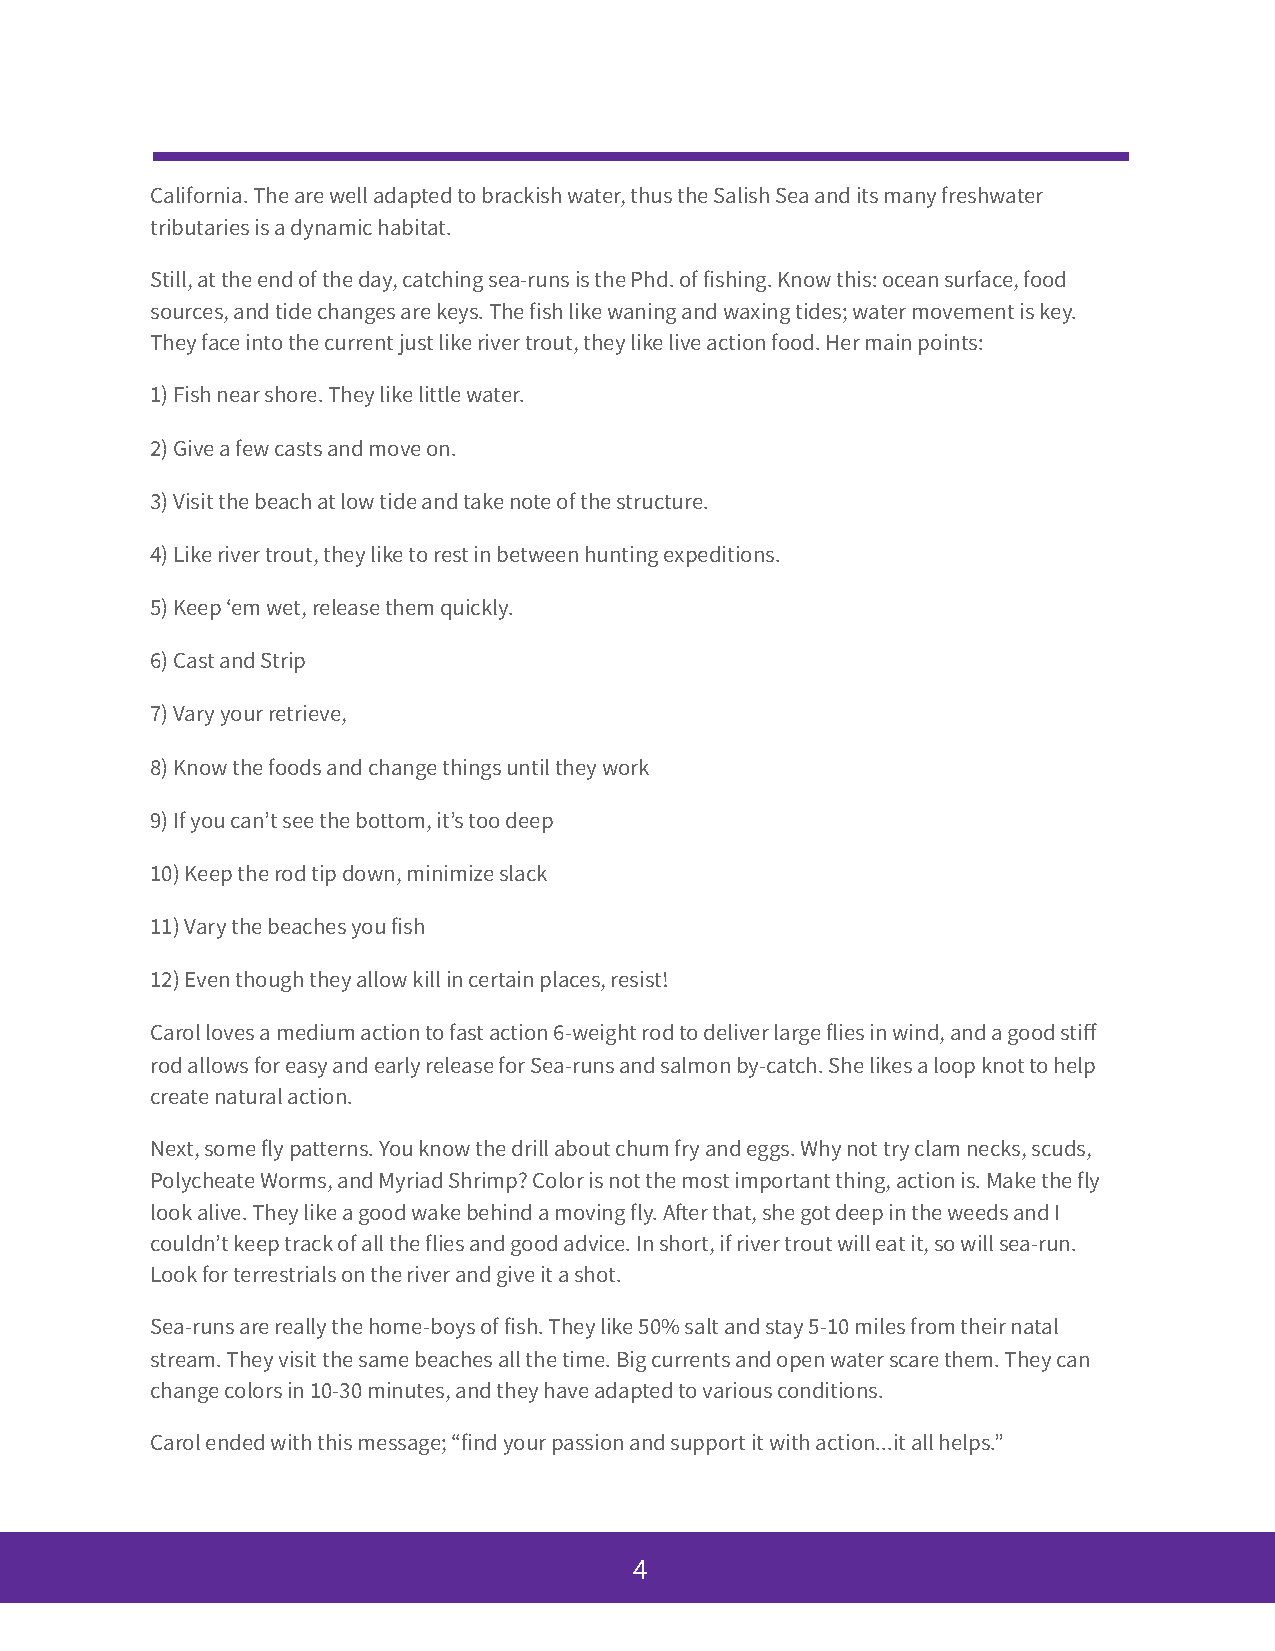
California. The are well adapted to brackish water, thus the Salish Sea and its many freshwater
 tributaries is a dynamic habitat.
 Still, at the end of the day, catching sea-runs is the Phd. of fishing. Know this: ocean surface, food
 sources, and tide changes are keys. The fish like waning and waxing tides; water movement is key.
 They face into the current just like river trout, they like live action food. Her main points:
 1) Fish near shore. They like little water.
 2) Give a few casts and move on.
 3) Visit the beach at low tide and take note of the structure.
 4) Like river trout, they like to rest in between hunting expeditions.
 5) Keep ʻem wet, release them quickly.
 6) Cast and Strip
 7) Vary your retrieve,
 8) Know the foods and change things until they work
 9) If you canʼt see the bottom, itʼs too deep
 10) Keep the rod tip down, minimize slack
 11) Vary the beaches you fish
 12) Even though they allow kill in certain places, resist!
 Carol loves a medium action to fast action 6-weight rod to deliver large flies in wind, and a good stiff
 rod allows for easy and early release for Sea-runs and salmon by-catch. She likes a loop knot to help
 create natural action.
 Next, some fly patterns. You know the drill about chum fry and eggs. Why not try clam necks, scuds,
 Polycheate Worms, and Myriad Shrimp? Color is not the most important thing, action is. Make the fly
 look alive. They like a good wake behind a moving fly. Aer that, she got deep in the weeds and I
 couldnʼt keep track of all the flies and good advice. In short, if river trout will eat it, so will sea-run.
 Look for terrestrials on the river and give it a shot.
 Sea-runs are really the home-boys of fish. They like 50% salt and stay 5-10 miles from their natal
 stream. They visit the same beaches all the time. Big currents and open water scare them. They can
 change colors in 10-30 minutes, and they have adapted to various conditions.
 Carol ended with this message; “find your passion and support it with action...it all helps.”
 4